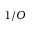
1 / O